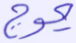
يموج